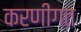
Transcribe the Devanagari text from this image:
करणीगत